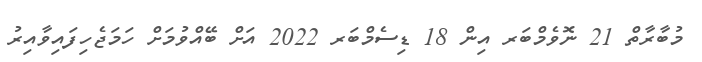
މުބާރާތް 21 ނޮވެމްބަރ އިން 18 ޑިސެމްބަރ 2022 އަށް ބޭއްވުމަށް ހަމަޖެހިފައިވާއިރު